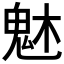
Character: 𩲙